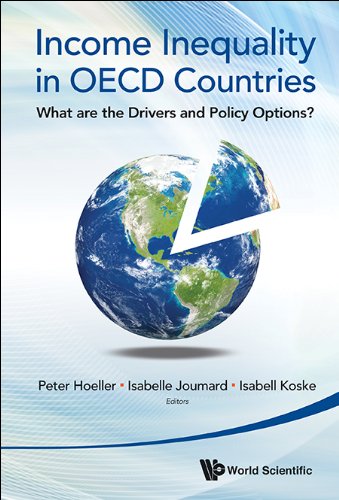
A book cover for Income Inequality in OECD Countries: What Are the Drivers and Policy Options?; Peter Hoeller; Business & Money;